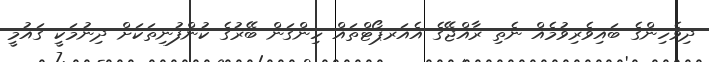
ދިވެހިންގެ ބައިވެރިވުމެއް ނެތި ރާއްޖޭގެ އެއަރޕޯޓްތައް ހިންގަން ބޭރުގެ ކުންފުނިތަކަށް ދިނުމަކީ ގައުމީ